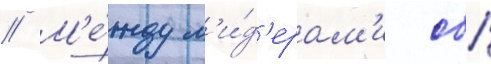
// М'е́жду л'и́д'ерам'и сбр